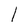
Character: l